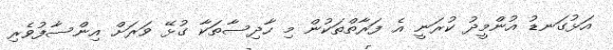
އަޅުގަނޑު އުންމީދު ކުރަނީ އެ ފަރާތްތަކުން މި ހާދިސާތަކާ ގުޅޭ ވަރަށް އިންސާފުވެރި